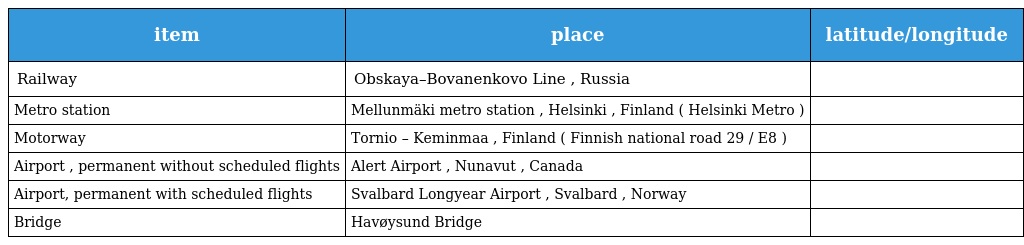
| item | place | latitude/longitude |
 | --- | --- | --- |
 | Railway | Obskaya–Bovanenkovo Line , Russia |  |
 | Metro station | Mellunmäki metro station , Helsinki , Finland ( Helsinki Metro ) |  |
 | Motorway | Tornio – Keminmaa , Finland ( Finnish national road 29 / E8 ) |  |
 | Airport , permanent without scheduled flights | Alert Airport , Nunavut , Canada |  |
 | Airport, permanent with scheduled flights | Svalbard Longyear Airport , Svalbard , Norway |  |
 | Bridge | Havøysund Bridge |  |